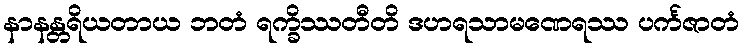
နာနန္တရိယတာယ ဘတံ ရက္ခိဿတီတိ ဒဟရသာမဏေရဿ ပင်္ကဇာတံ